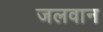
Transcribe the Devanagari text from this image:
जलवान